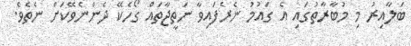
ބަލާއިރު މި މުބާރާތުގައި އެ ގައުމު ނެރެފައިވާ ނަތީޖާތައް ގޯހެކޭ ދެންނެވޭކަށް ނެތެވެ.